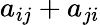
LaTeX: a_{ij}+a_{ji}